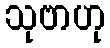
သုဗာဟု